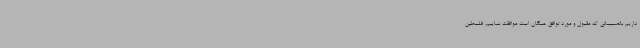
داریم باتصمیماتی که مقبول و مورد توافق همگان است موافقت نماییم. فلسطین